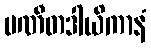
ပဏီတဒါယိကာနံ